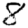
Digit: 8